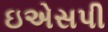
ઇએસપી